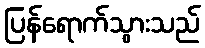
ပြန်ရောက်သွားသည်